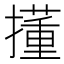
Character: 𫾍